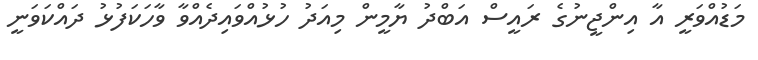
މަޑުއްވަރީ އާ އިންޖީނުގެ ރައީސް އަބްދު ޔާމީން މިއަދު ހުޅުއްވައިދެއްވާ ވާހަކަފުޅު ދައްކަވަނީ